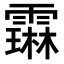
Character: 𬰋